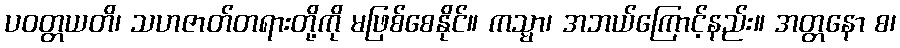
ပဝတ္တယတိ၊ သဟဇာတ်တရားတို့ကို မဖြစ်စေနိုင်။ ကသ္မာ၊ အဘယ်ကြောင့်နည်း။ အတ္တနော စ၊